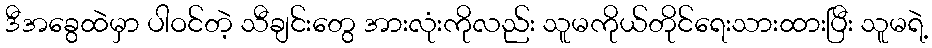
ဒီအခွေထဲမှာ ပါဝင်တဲ့ သီချင်းတွေ အားလုံးကိုလည်း သူမကိုယ်တိုင်ရေးသားထားပြီး သူမရဲ့